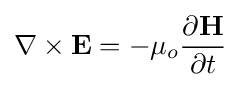
\nabla \times \mathbf {E} =-\mu _{o}{\frac {\partial \mathbf {H} }{\partial t}}